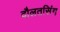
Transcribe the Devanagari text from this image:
दौलतसिंग